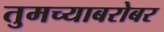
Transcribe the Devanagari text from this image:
तुमच्याबरोबर